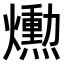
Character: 𤑛